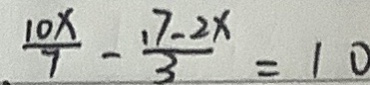
\frac { 1 0 x } { 7 } - \frac { 1 7 - 2 x } { 3 } = 1 0